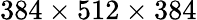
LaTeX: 384\times 512\times 384